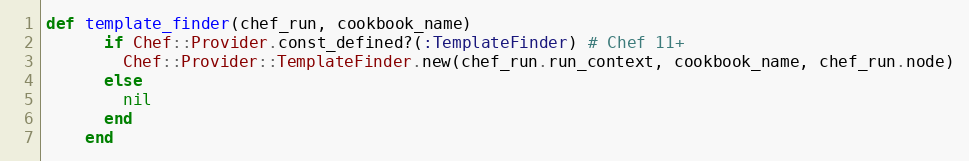
Language: Ruby
def template_finder(chef_run, cookbook_name)
      if Chef::Provider.const_defined?(:TemplateFinder) # Chef 11+
        Chef::Provider::TemplateFinder.new(chef_run.run_context, cookbook_name, chef_run.node)
      else
        nil
      end
    end